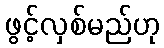
ဖွင့်လှစ်မည်ဟု